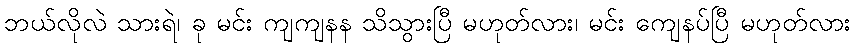
ဘယ်လိုလဲ သားရဲ၊ ခု မင်း ကျကျနန သိသွားပြီ မဟုတ်လား၊ မင်း ကျေနပ်ပြီ မဟုတ်လား